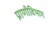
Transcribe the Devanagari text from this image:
प्राणीविभाग